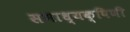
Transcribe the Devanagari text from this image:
सभाध्यक्षिणी